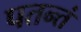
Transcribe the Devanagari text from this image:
पतन्तं